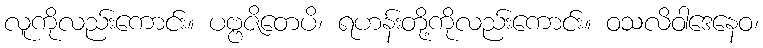
လူကိုလည်းကောင်း။ ပဗ္ဗဇိတေပိ၊ ရဟန်းတို့ကိုလည်းကောင်း။ ဝသလိဝါဒေနေဝ၊